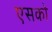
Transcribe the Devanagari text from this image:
एसको